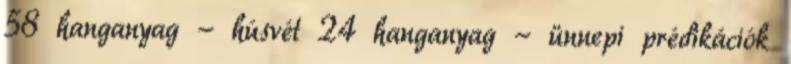
58 hanganyag - húsvét 24 hanganyag - ünnepi prédikációk